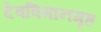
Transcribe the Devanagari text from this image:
देवविमानगृह